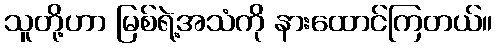
သူတို့ဟာ မြစ်ရဲ့အသံကို နားထောင်ကြတယ်။